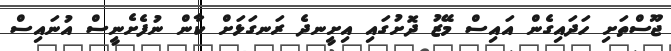
ޖޫސްތަށި ހަދައިގެން އައިސް މޭޒު ދޮށުގައި އިށީނދެ ރަނގަޅަށް ކާން ނުފެށެނީސް އުނައިސް